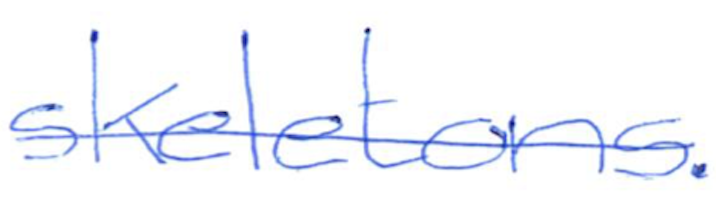
Text: skeletons.
Cross-out: single-line
Writing tool: ballpoint